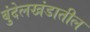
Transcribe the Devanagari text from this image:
बुंदेलखंडातील